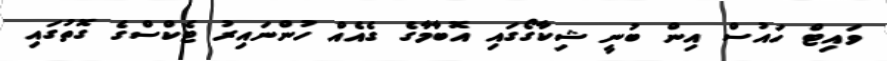
ވައިޓް ހައުސް އިން ބުނީ ޝިކާގޯގައި އޮބާމާގެ ގެއެއް ހުންނައިރު ޓެކްސްގެ ގޮތުގައި